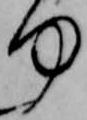
何